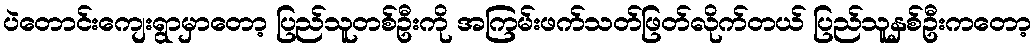
ပဲတောင်းကျေးရွာမှာတော့ ပြည်သူတစ်ဦးကို အကြမ်းဖက်သတ်ဖြတ်လိုက်တယ် ပြည်သူနှစ်ဦးကတော့